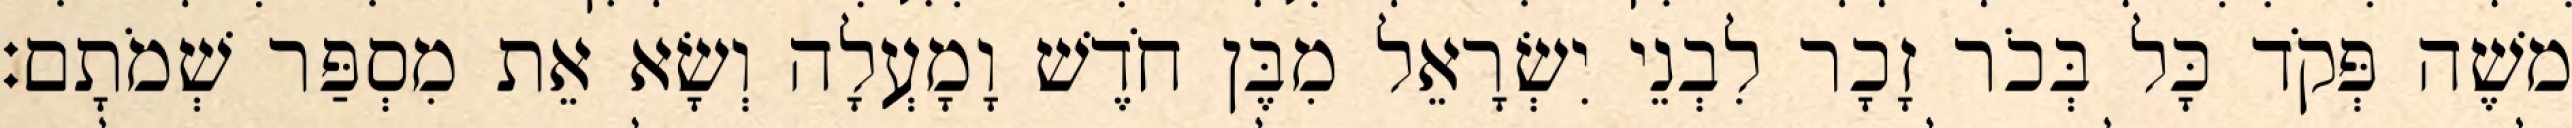
משֶׁה פְּקֹד כָּל בְּכֹר זָכָר לִבְנֵי יִשְׂרָאֵל מִבֶּן חֹדֶשׁ וָמָעְלָה וְשָׂא אֵת מִסְפַּר שְׁמֹתָם׃